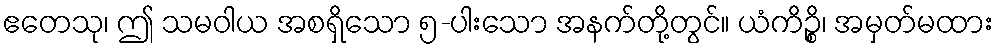
ဧတေသု၊ ဤ သမဝါယ အစရှိသော ၅-ပါးသော အနက်တို့တွင်။ ယံကိဉ္စိ၊ အမှတ်မထား